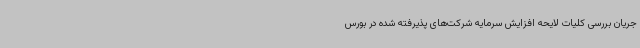
جریان بررسی کلیات لایحه افزایش سرمایه شرکت‌های پذیرفته شده در بورس